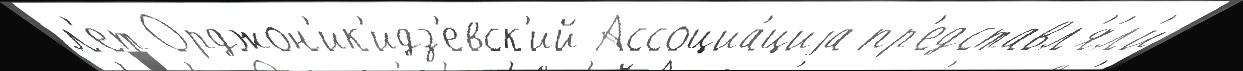
л'ет Орджон'ик'идз'евск'ий Ассоциа́циjа пр'едставл'я́л'и